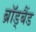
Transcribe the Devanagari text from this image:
ब्रॉड्बैंड